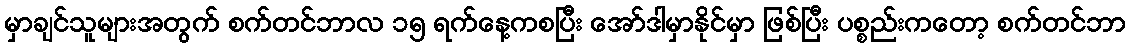
မှာချင်သူများအတွက် စက်တင်ဘာလ ၁၅ ရက်နေ့ကစပြီး အော်ဒါမှာနိုင်မှာ ဖြစ်ပြီး ပစ္စည်းကတော့ စက်တင်ဘာ